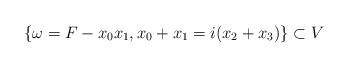
LaTeX: \begin{align*} \{ \omega = F - x_0 x_1, x_0 + x_1 = i ( x_2 + x_3 ) \} \subset V\end{align*}